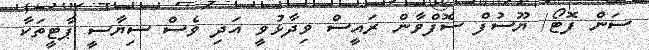
ސަން ފޮޓޯ/ ޔޫސުފް ސޮފްވާން ރައީސް ވިދާޅުވީ އަދި ވެސް ސިޔާސީ ޕާޓީތަކާ